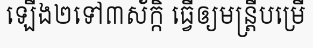
ឡើង២ទៅ៣ស័ក្កិ ធ្វើឲ្យមន្ត្រីបម្រើ